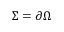
\Sigma = \partial \Omega